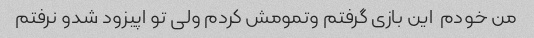
من خودم  این بازی گرفتم وتمومش کردم ولی تو اپیزود شدو نرفتم